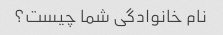
نام خانوادگی شما چیست؟